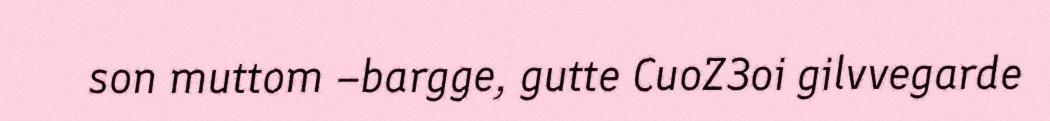
son muttom –bargge, gutte CuoZ3oi gilvvegarde